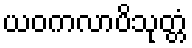
ယဝကလာပိသုတ္တံ